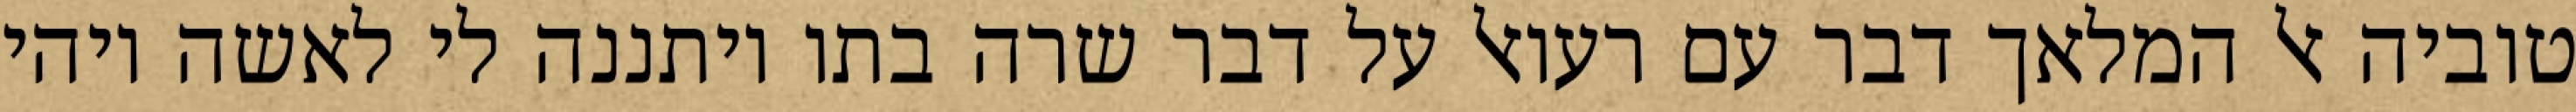
טוביה אל המלאך דבר עם רעואל על דבר שרה בתו ויתננה לי לאשה ויהי